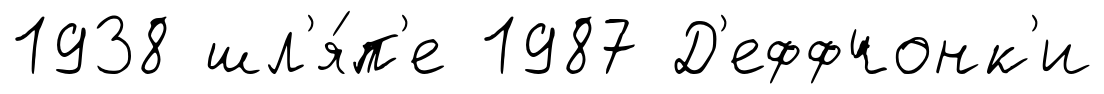
1938 шл'я́п'е 1987 Д'еффчонк'и